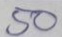
50